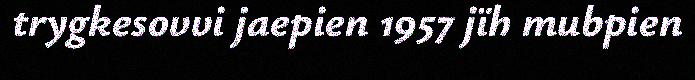
trygkesovvi jaepien 1957 jïh mubpien